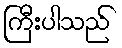
ကြီးပါသည်